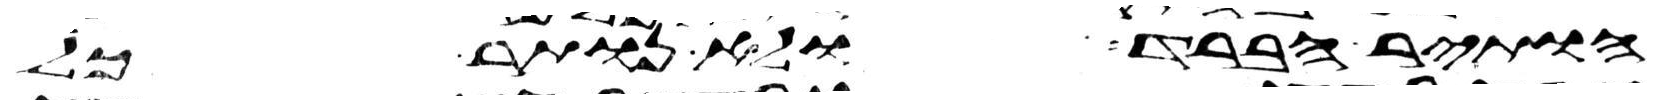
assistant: הותיר הברד ולא נותר כל